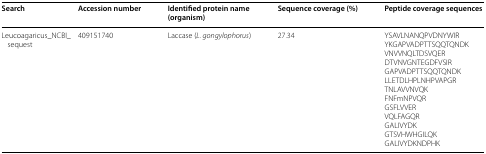
<table><thead><tr><td><b>Search</b></td><td><b>Accession number</b></td><td><b>Identified protein name (organism)</b></td><td><b>Sequence coverage (%)</b></td><td><b>Peptide coverage sequences</b></td></tr></thead><tbody><tr><td>Leucoagaricus_NCBI_sequest</td><td>409151740</td><td>Laccase (<i>L. gongylophorus</i>)</td><td>27.34</td><td>YSAVLNANQPVDNYWIRYKGAPVADPTTSQQTQNDKVNVVNQLTDSVQERDTVNVGNTEGDFVSIRGAPVADPTTSQQTQNDKLLETDLHPLNHPVAPGRTNLAVVNVQKFNFmNPVQRGSFLVVERVQLFAGQRGALIVYDKGTSVHWHGILQKGALIVYDKNDPHK</td></tr></tbody></table>